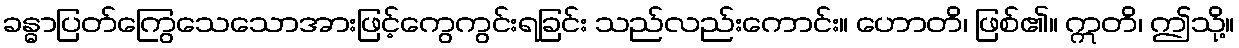
ခန္ဓာပြတ်ကြွေသေသောအားဖြင့်ကွေကွင်းရခြင်း သည်လည်းကောင်း။ ဟောတိ၊ ဖြစ်၏။ ဣတိ၊ ဤသို့။